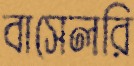
বাসেলরি